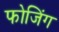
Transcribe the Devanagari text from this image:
फोजिंग